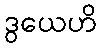
ဒွယေဟိ